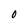
Character: O